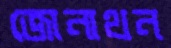
জোনাথন